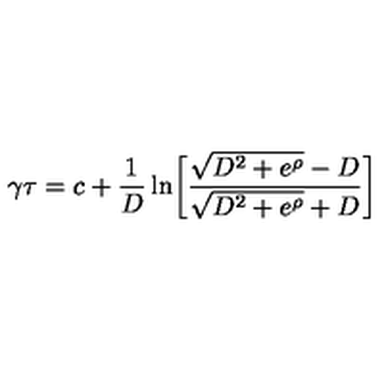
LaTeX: \gamma \tau = c + { \frac { 1 } { D } } \ln \biggl [ { \frac { \sqrt { D ^ { 2 } + e ^ { \rho } } - D } { \sqrt { D ^ { 2 } + e ^ { \rho } } + D } } \biggr ]